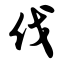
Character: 伐